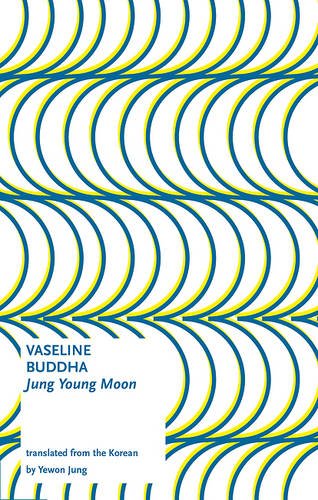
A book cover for Vaseline Buddha; Jung Young Moon; Literature & Fiction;